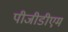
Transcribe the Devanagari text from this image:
पीजीडीएम